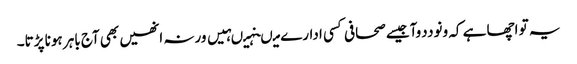
یہ تو اچھا ہے کہ ونوددوآجیسے صحافی کسی ادارے میںنہیںہیں ورنہ انھیں بھی آج باہر ہونا پڑتا۔